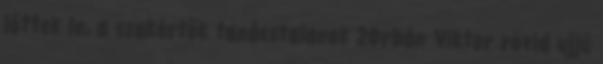
lőttek le, a szakértők tanácstalanok 2Orbán Viktor rövid ujjú